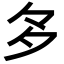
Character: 𭐴